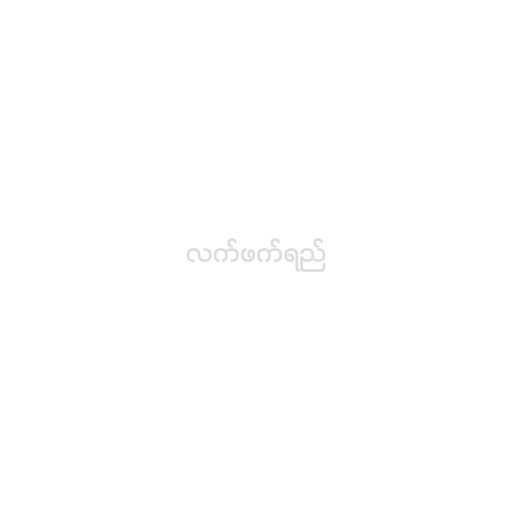
လက်ဖက်ရည်